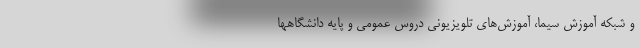
و شبکه آموزش سیما، آموزش‌های تلویزیونی دروس عمومی و پایه دانشگاهها